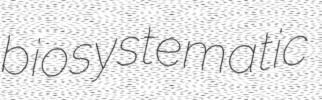
biosystematic